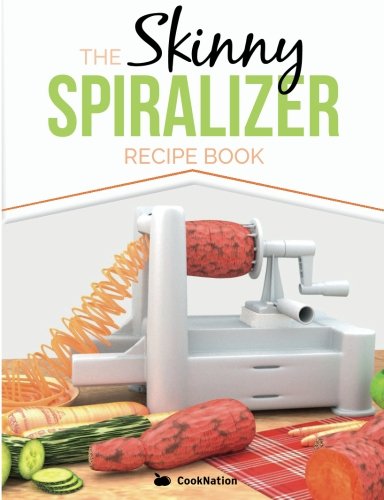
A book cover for The Skinny Spiralizer Recipe Book: Delicious Spiralizer Inspired Low Calorie Recipes For One.  All Under 200, 300, 400 & 500 Calories; CookNation; Cookbooks, Food & Wine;